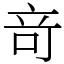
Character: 竒